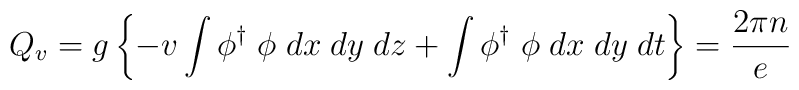
Q_v = g \left\{ -v \int \phi^{\dagger}\;\phi\;dx\;dy\;dz + \int\phi^{\dagger}\;\phi\;dx\;dy\;dt\right\}=\frac{2\pi n}{e}